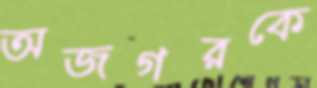
অজগরকে